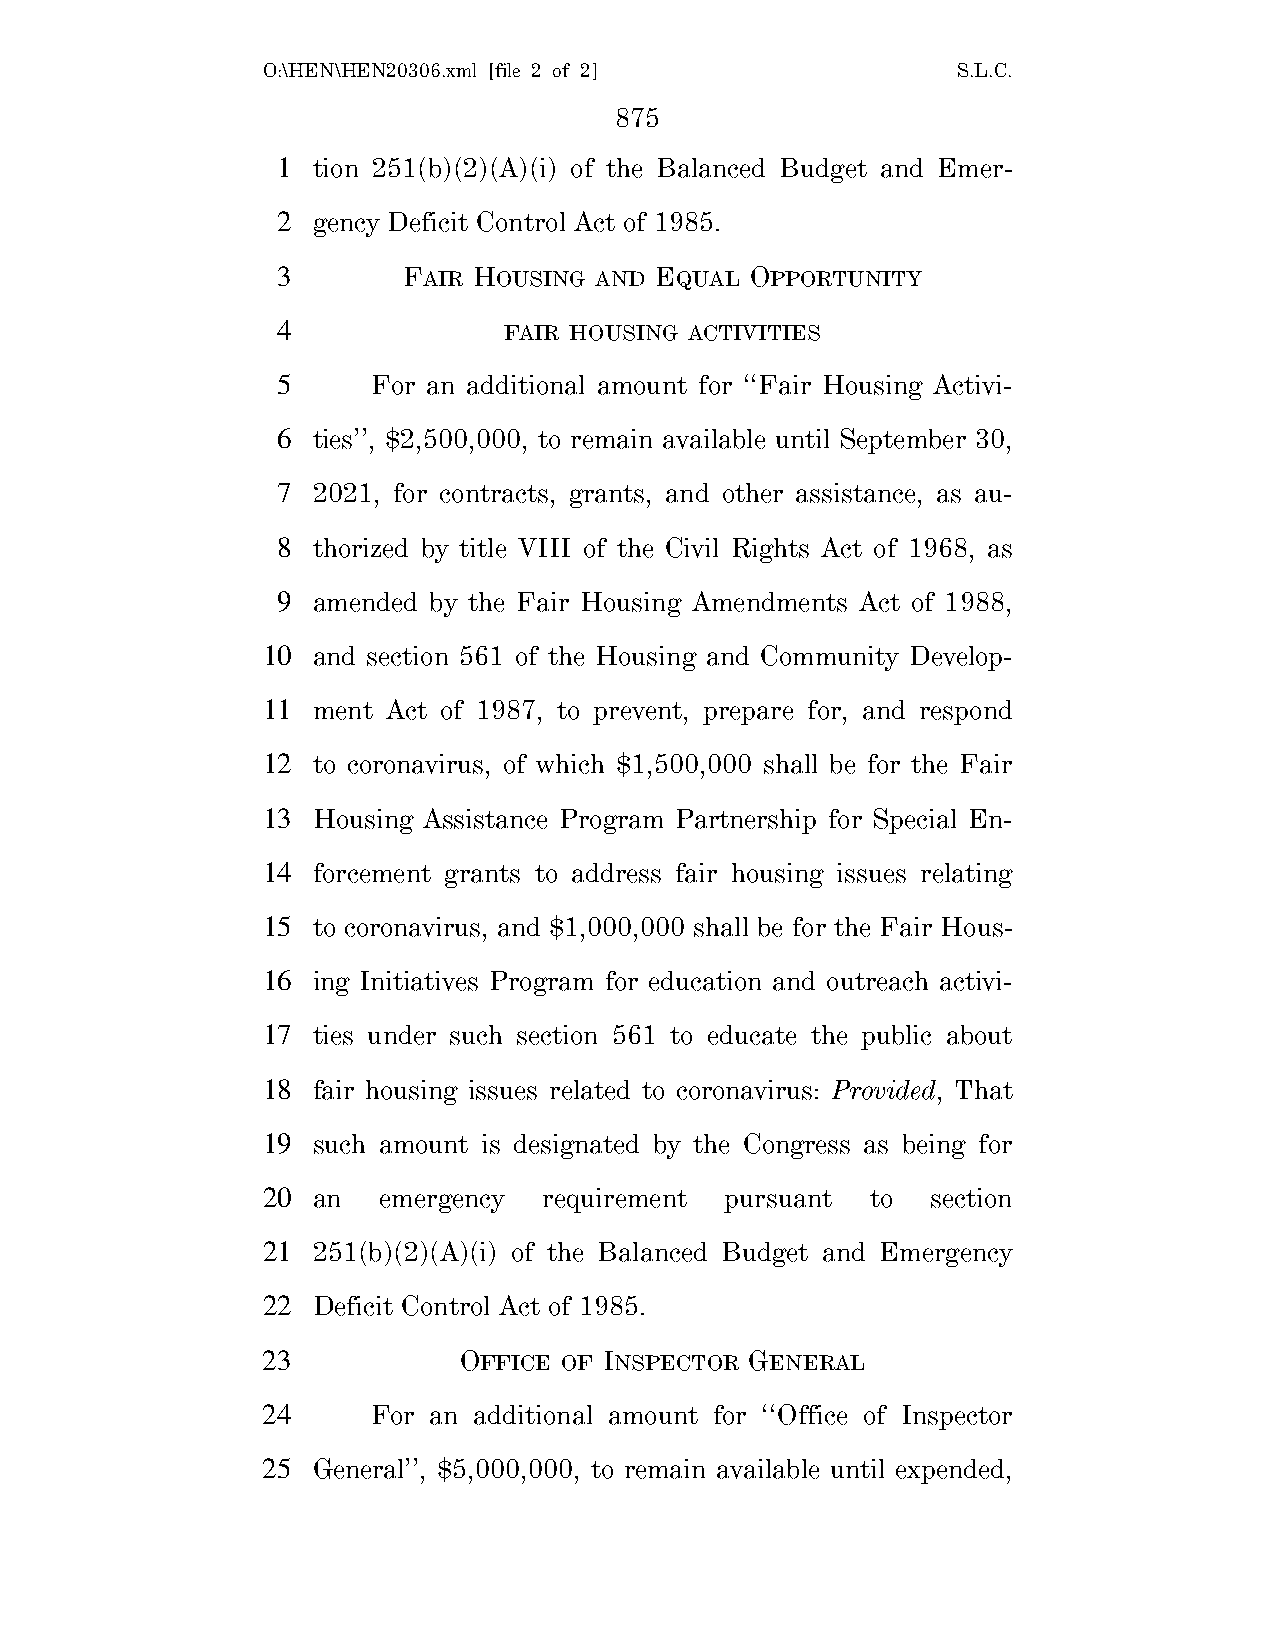
O:\HEN\HEN20306.xml [file 2 of 2]             S.L.C.
 875
 1  tion 251(b)(2)(A)(i) of the Balanced Budget and Emer-
 2  gency Deficit Control Act of 1985.
 3        FAIR HOUSING AND EQUAL OPPORTUNITY
 4              FAIR HOUSING ACTIVITIES
 5      For an additional amount for ‘‘Fair Housing Activi-
 6  ties’’, $2,500,000, to remain available until September 30,
 7  2021, for contracts, grants, and other assistance, as au-
 8  thorized by title VIII of the Civil Rights Act of 1968, as
 9  amended by the Fair Housing Amendments Act of 1988,
 10  and section 561 of the Housing and Community Develop-
 11  ment Act of 1987, to prevent, prepare for, and respond
 12  to coronavirus, of which $1,500,000 shall be for the Fair
 13  Housing Assistance Program Partnership for Special En-
 14  forcement grants to address fair housing issues relating
 15  to coronavirus, and $1,000,000 shall be for the Fair Hous-
 16  ing Initiatives Program for education and outreach activi-
 17  ties under such section 561 to educate the public about
 18  fair housing issues related to coronavirus: Provided, That
 19  such amount is designated by the Congress as being for
 20  an  emergency  requirement pursuant  to  section
 21  251(b)(2)(A)(i) of the Balanced Budget and Emergency
 22  Deficit Control Act of 1985.
 23           OFFICE OF INSPECTOR GENERAL
 24      For an additional amount for ‘‘Office of Inspector
 25  General’’, $5,000,000, to remain available until expended,